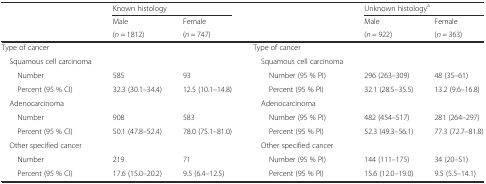
|  | <COLSPAN=2> Known histology |  | <COLSPAN=2> Unknown histologya |
 | <ROWSPAN=2>  | Male | Female |  | Male | Female |
 | (n = 1812) | (n = 747) |  | (n = 922) | (n = 363) |
 | --- | --- | --- | --- | --- | --- |
 | Type of cancer |  |  | Type of cancer |  |  |
 | Squamous cell carcinoma |  |  | Squamous cell carcinoma |  |  |
 | Number | 585 | 93 | Number (95 % PI) | 296 (263–309) | 48 (35–61) |
 | Percent (95 % CI) | 32.3 (30.1–34.4) | 12.5 (10.1–14.8) | Percent (95 % PI) | 32.1 (28.5–35.5) | 13.2 (9.6–16.8) |
 | Adenocarcinoma |  |  | Adenocarcinoma |  |  |
 | Number | 908 | 583 | Number (95 % PI) | 482 (454–517) | 281 (264–297) |
 | Percent (95 % CI) | 50.1 (47.8–52.4) | 78.0 (75.1–81.0) | Percent (95 % PI) | 52.3 (49.3–56.1) | 77.3 (72.7–81.8) |
 | Other specified cancer |  |  | Other specified cancer |  |  |
 | Number | 219 | 71 | Number (95 % PI) | 144 (111–175) | 34 (20–51) |
 | Percent (95 % CI) | 17.6 (15.0–20.2) | 9.5 (6.4–12.5) | Percent (95 % PI) | 15.6 (12.0–19.0) | 9.5 (5.5–14.1) |